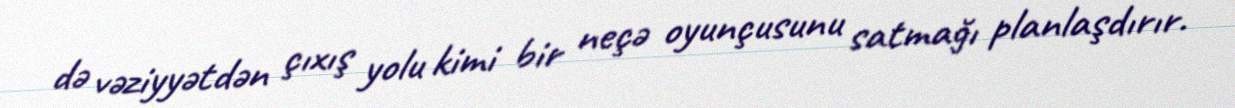
də vəziyyətdən çıxış yolu kimi bir neçə oyunçusunu satmağı planlaşdırır.